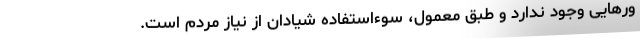
ورهایی وجود ندارد و طبق معمول، سوءاستفاده شیادان از نیاز مردم است.